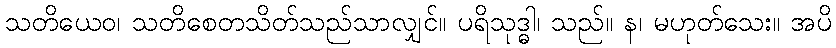
သတိယေဝ၊ သတိစေတသိတ်သည်သာလျှင်။ ပရိသုဒ္ဓါ၊ သည်။ န၊ မဟုတ်သေး။ အပိ